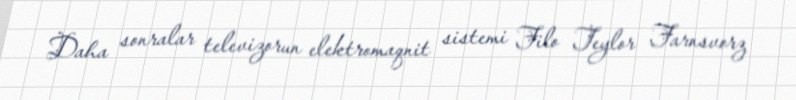
Daha sonralar televizorun elektromaqnit sistemi Filo Teylor Farnsvorz